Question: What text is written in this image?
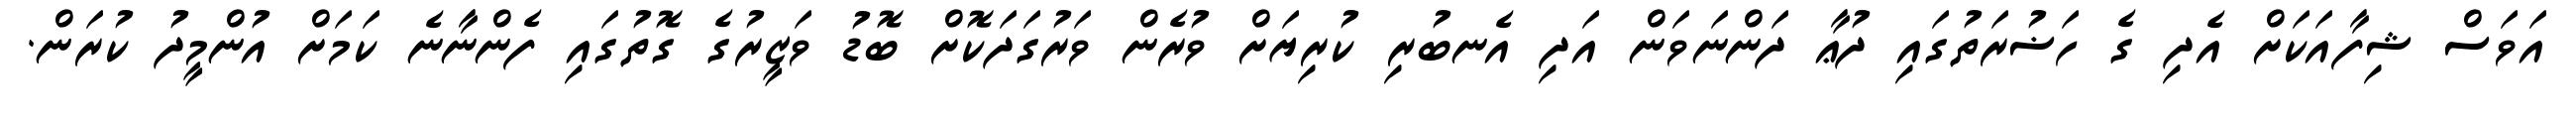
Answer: އަވަސް ޝިފާއަކަށް އެދި ގެ ހަޟުރަތުގައި ދުޢާ ދަންނަވަން އަދި އެނބުރި ކުރިޔަށް ވުރެން ވަރުގަދަކޮށް ބޮޑު ވަޒީރުގެ ގޮތުގައި ފެންނާނެ ކަމަށް އުންމީދު ކުރަން.